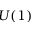
U ( 1 )